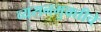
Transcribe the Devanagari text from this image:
व्यसनमुक्‍तीचे